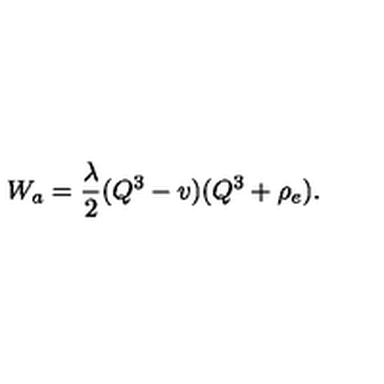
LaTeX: W _ { a } = \frac { \lambda } { 2 } ( Q ^ { 3 } - v ) ( Q ^ { 3 } + \rho _ { e } ) .